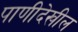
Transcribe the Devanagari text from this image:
पाणीदेखील